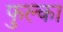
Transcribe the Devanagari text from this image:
फुल्का